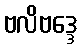
ဗလိဗဒ္ဒေ